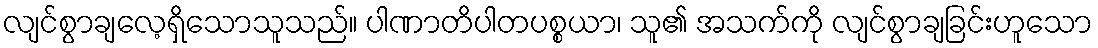
လျင်စွာချလေ့ရှိသောသူသည်။ ပါဏာတိပါတပစ္စယာ၊ သူ၏ အသက်ကို လျင်စွာချခြင်းဟူသော